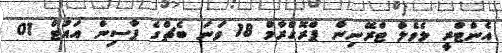
އެންޓްރީ ލެވެލް ޓްރޭނިން ޕްރޮގްރާމް 18 ވަނަ ބެޗްގެ ޕާސިން އައުޓް 01